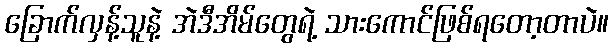
ခြောက်လှန့်သူနဲ့ အဲဒီအိမ်တွေရဲ့ သားကောင်ဖြစ်ရတော့တာပဲ။